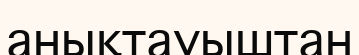
анықтауыштан